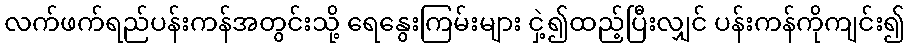
လက်ဖက်ရည်ပန်းကန်အတွင်းသို့ ရေနွေးကြမ်းများ ငှဲ့၍ထည့်ပြီးလျှင် ပန်းကန်ကိုကျင်း၍